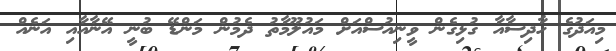
މިއަދުގެ ހާދިސާއާ ގުޅިގެން ވީނިއުސްއަށް މައުލޫމާތު ދެމުން މަންޑޭ ބުނީ އޭނާއާއި އަނެއް